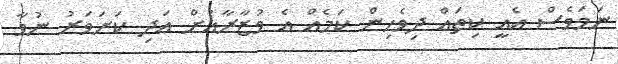
ނަމަވެސް އެއީ ކިތައް ދިވެހިން ކަމެއް އެ ވުޒާރާއަށް އަދި ކަށަވަރު ނުވާ